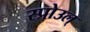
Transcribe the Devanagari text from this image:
स्प्रोउल्